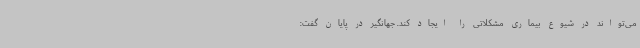
می‌تواند در شیوع بیماری مشکلاتی را ایجاد کند. جهانگیر در پایان گفت: